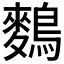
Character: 𪄳